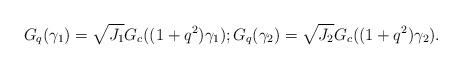
LaTeX: \begin{align*} G_q(\gamma_1) = \sqrt{J_1}G_c((1+ q^2)\gamma_1); G_q(\gamma_2) = \sqrt{J_2}G_c((1+ q^2)\gamma_2).\end{align*}